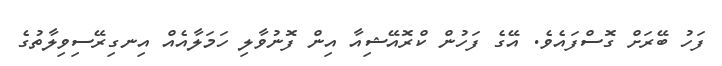
ފަހު ބޭރަށް ގޮސްފައެވެ. އޭގެ ފަހުން ކްރޮއޭޝިއާ އިން ފޮނުވާލި ހަމަލާއެއް އިނގިރޭސިވިލާތުގެ